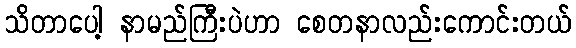
သိတာပေါ့ နာမည်ကြီးပဲဟာ စေတနာလည်းကောင်းတယ်